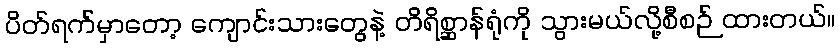
ပိတ်ရက်မှာတော့ ကျောင်းသားတွေနဲ့ တိရိစ္ဆာန်ရုံကို သွားမယ်လို့စီစဉ် ထားတယ်။